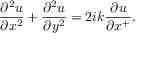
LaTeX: { \frac { \partial ^ { 2 } u } { \partial x ^ { 2 } } } + { \frac { \partial ^ { 2 } u } { \partial y ^ { 2 } } } = 2 i k { \frac { \partial u } { \partial x ^ { + } } } .